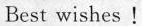
Best wishes!